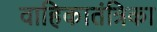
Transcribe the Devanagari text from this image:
वाहिकातंत्रिका